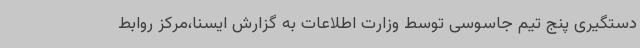
دستگیری پنج تیم جاسوسی توسط وزارت اطلاعات به گزارش ایسنا،مرکز روابط